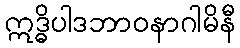
ဣဒ္ဓိပါဒဘာဝနာဂါမိနီ